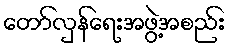
တော်လှန်ရေးအဖွဲ့အစည်း